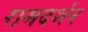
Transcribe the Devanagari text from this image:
रामदर्शन